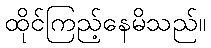
ထိုင်ကြည့်နေမိသည်။